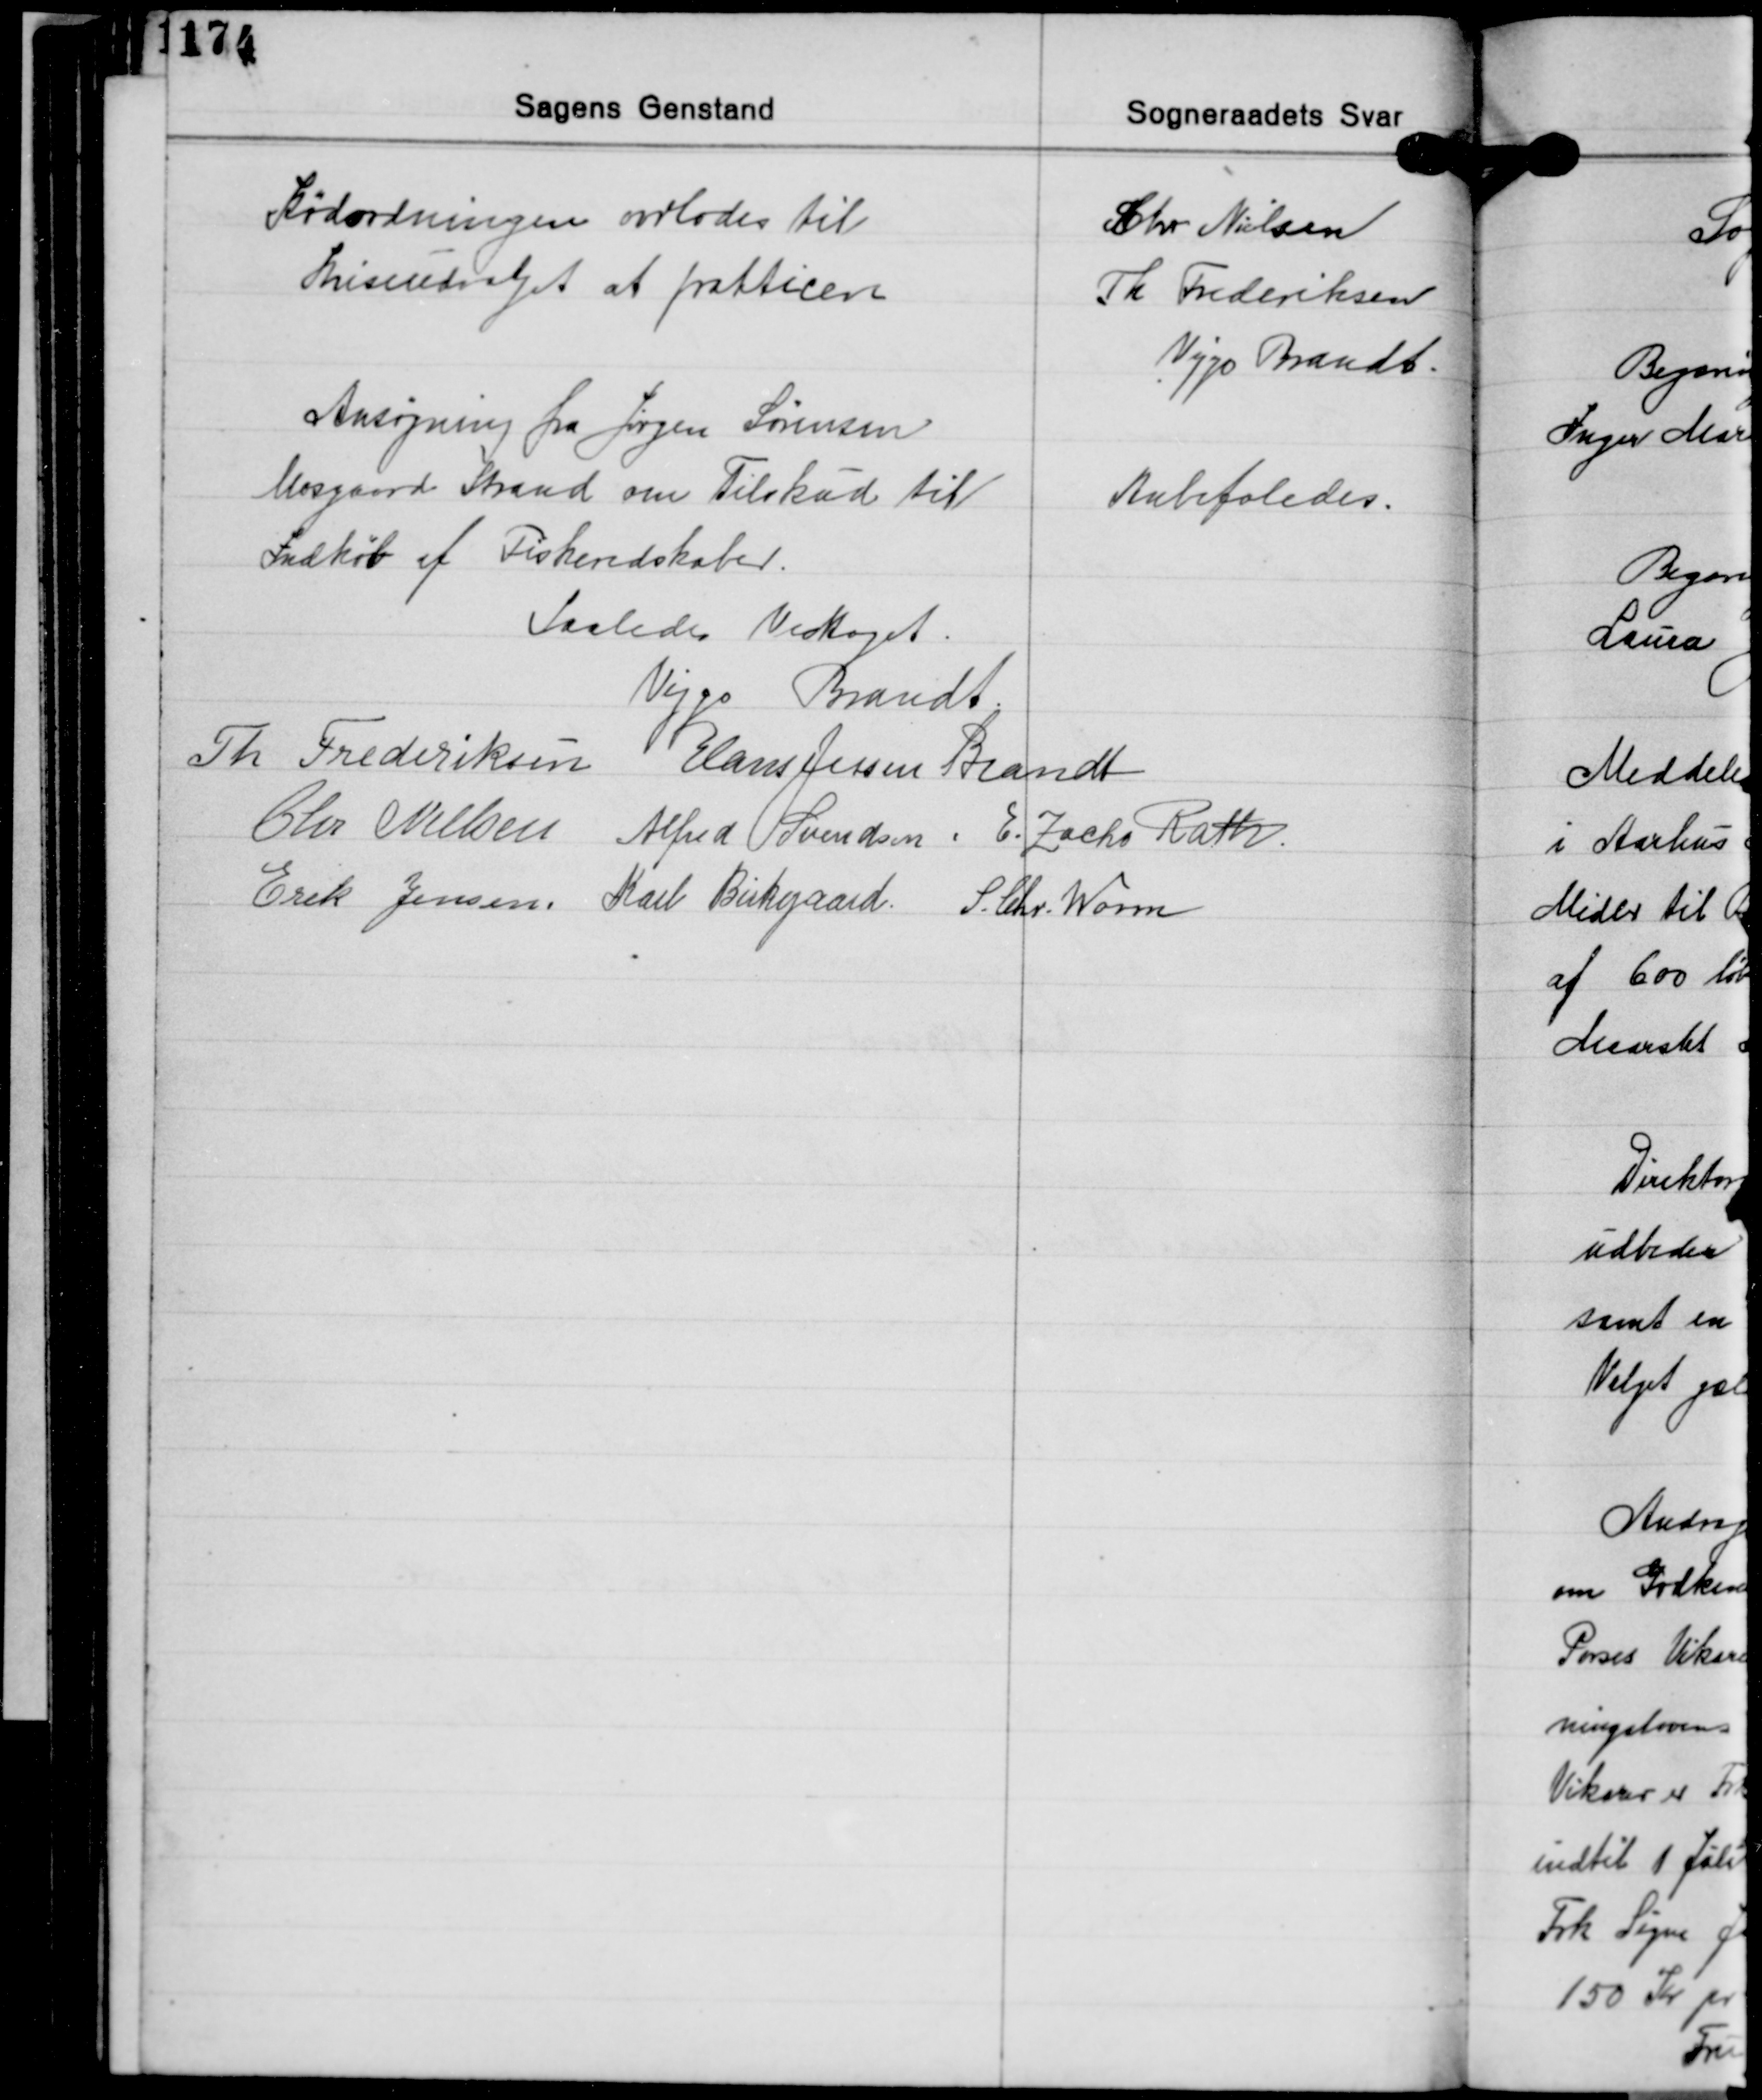
Transskription:
Kødordningen ovdlodes til
Kriseidvaget at prakticere

Chr. Nielsen
Th. Frederiksen
Viggo Brandt.

Ansøgning fra Jørgen Sørensen
Mosgaard Strand om Tilskud til
Indkøb af Fiskeredskaber.

Anbefaledes.

Saaledes Vedtaget.
Viggo Brandt
Th. Frederiksen Hans Jessen Brandt
Chr. Nielsen Alfred Svendsen E. Zacho Rath
Erik Jensen Karl Birkegaard S. Chr. Worm